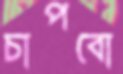
চাপবো